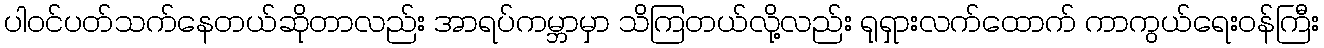
ပါဝင်ပတ်သက်နေတယ်ဆိုတာလည်း အာရပ်ကမ္ဘာမှာ သိကြတယ်လို့လည်း ရုရှားလက်ထောက် ကာကွယ်ရေးဝန်ကြီး